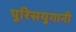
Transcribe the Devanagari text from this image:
पुरिसयुगानी